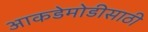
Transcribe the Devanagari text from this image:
आकडेमोडीसाठी